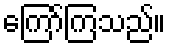
ကြော်ကြသည်။